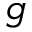
g